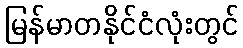
မြန်မာတနိုင်ငံလုံးတွင်